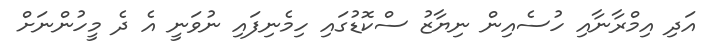
އަދި އިމްރާނާއި ހުސެއިން ނިޔާޒު ސްކޮޑުގައި ހިމެނިފައި ނުވަނީ އެ ދެ މީހުންނަށް